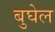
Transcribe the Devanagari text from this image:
बुघेल